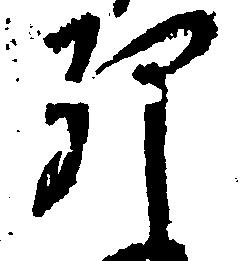
卯